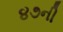
૪૭ની